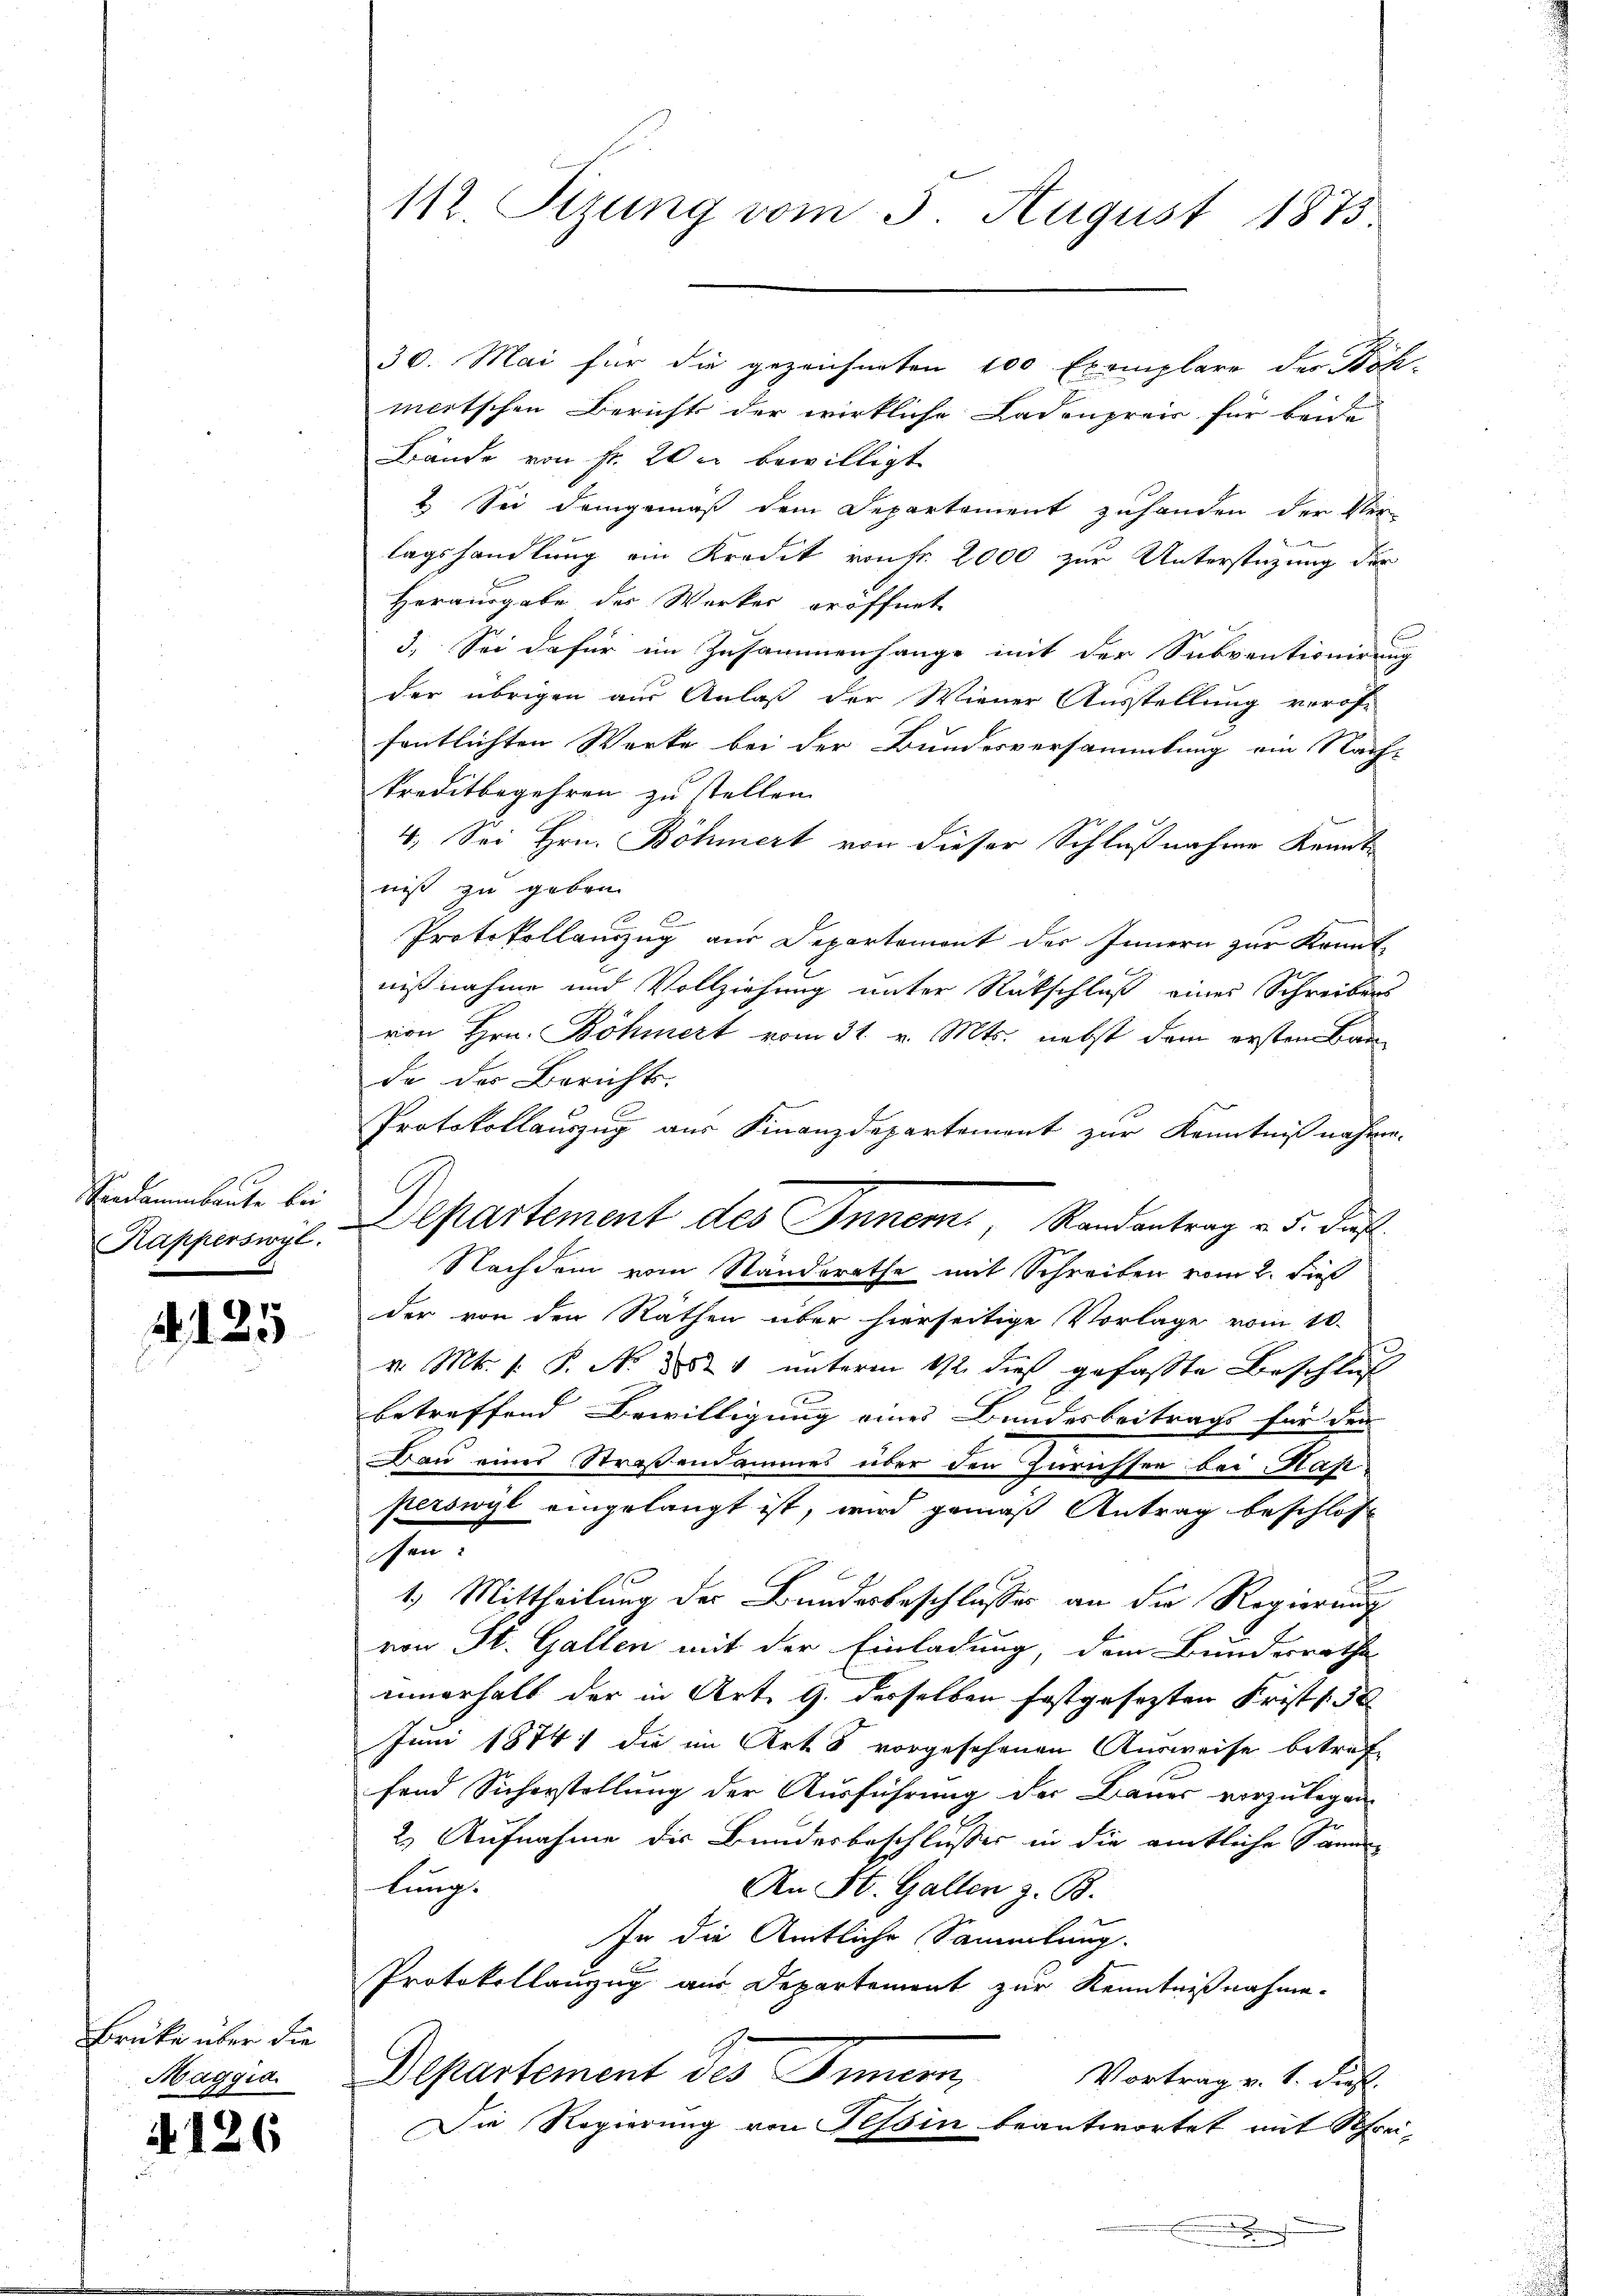
Vandamenbaute bei
Kapperswyl.

2. 125

Brüke über die
Maggia.

4126

mertschen Berichts der wirkliche Ladenpreis für beide
Bände von Fr. 2 u bewilligt
2. Sei demgemäß dem Departement zuhanden der Ver-
lagshandlung ein Kredit von Fr. 2000 zur Unterstüzung der
Herausgabe des Werker eröffnet
3. Sei dafür im Zusammenhange mit der Subventionirung
der übrigen aus Anlaß der Wiener Ausstellung verof-
fentlichten Werke bei der Bundesversammlung ein Nach-
kreditbegehren zu stellen.
4. Sei Hrn. Böhmert von dieser Schlußnahme Kennt-
niß zu geben.
Protokollauszug aus Departement der Innern zur Kennt-
nißnahme und Vollziehung unter Rütschluß eines Schreibens
von Hrn. Böhmert vom 31. v. Mts. nebst dem ersten Bau-
da der Berichts.
Protokollauszug aus Finanzdepartement zur Kenntnißnahme-
Departement des Inners, Randantrag v. 5. ds.
Nachdem vom Standerathe mit Schreiben vom 2. dies
der von den Räthen über hierseitige Vorlage vom 10.
v. Mts. 1. P. No 524 unterm 112 dieß gefasste Beschluß
betreffend Bewilligung eines Bundesbeitrags für den
Bau einer Straßendammes über den Zurichsee bei Masperswyl eingelangt ist, wird gemäß Antrag beschlos
sen:
1.) Mittheilung der Bundesbeschlusses an die Regierung
von St. Gallen mit der Einladung, dem Bunderrathe
innerhalb der in Art. 9. derselben festgesetzten Frist (30
Juni 1874) die im Art. 8 vorgesehenen Ausweise betref
fend Sicherstellung der Ausführung der Bauer vorzulegen
2) Aufnahme die Bundesbeschlusses in die amtliche Sammlang.
An St. Gallen z. B.
In die Amtliche Sammlung.
Protokollanzug aus Departement zur Kenntnißnahme.
Separtement des Innern,
Vortrag v. 1. dieß.
Die Regierung von Tessin beantwortet mit Schrei-
.

112. Sizung vom 3. August 1873

30. Mai für die gezeichneten 100 Exemplare der Böh-